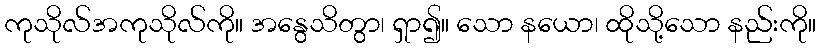
ကုသိုလ်အကုသိုလ်ကို။ အနွေသိတွာ၊ ရှာ၍။ သော နယော၊ ထိုသို့သော နည်းကို။